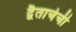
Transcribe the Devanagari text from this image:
द्वैताचेची